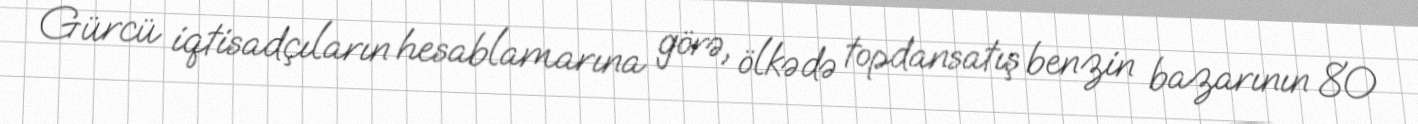
Gürcü iqtisadçıların hesablamarına görə, ölkədə topdansatış benzin bazarının 80